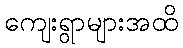
ကျေးရွာများအထိ